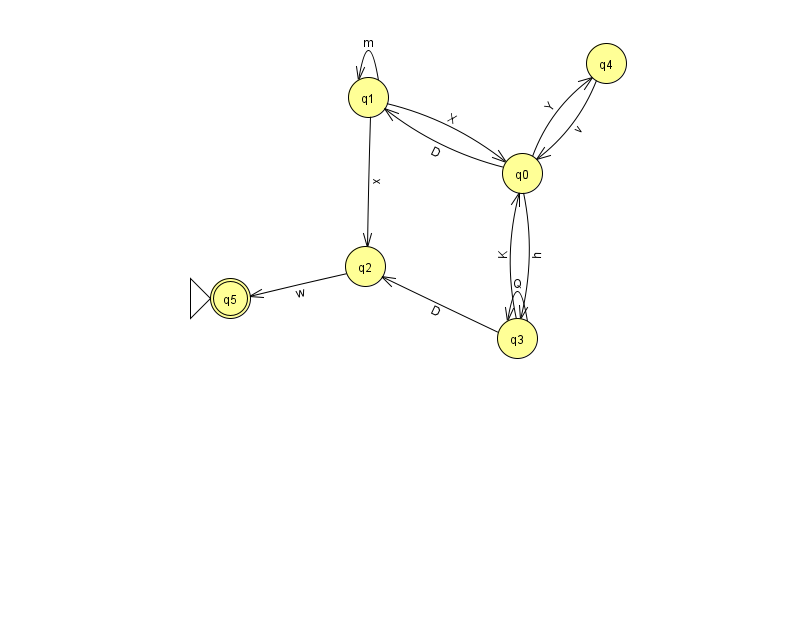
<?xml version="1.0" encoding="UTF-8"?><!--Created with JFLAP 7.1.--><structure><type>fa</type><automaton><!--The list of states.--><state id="0" name="q0"><x>522.0</x><y>160.0</y></state><state id="1" name="q1"><x>368.0</x><y>84.0</y></state><state id="2" name="q2"><x>365.0</x><y>253.0</y></state><state id="3" name="q3"><x>517.0</x><y>325.0</y></state><state id="4" name="q4"><x>606.0</x><y>50.0</y></state><state id="5" name="q5"><x>230.0</x><y>285.0</y><initial/><final/></state><!--The list of transitions.--><transition><from>3</from><to>2</to><read>D</read></transition><transition><from>3</from><to>3</to><read>Q</read></transition><transition><from>4</from><to>0</to><read>v</read></transition><transition><from>0</from><to>1</to><read>D</read></transition><transition><from>1</from><to>2</to><read>x</read></transition><transition><from>2</from><to>5</to><read>w</read></transition><transition><from>0</from><to>4</to><read>Y</read></transition><transition><from>1</from><to>0</to><read>X</read></transition><transition><from>1</from><to>1</to><read>m</read></transition><transition><from>3</from><to>0</to><read>K</read></transition><transition><from>0</from><to>3</to><read>h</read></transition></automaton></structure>